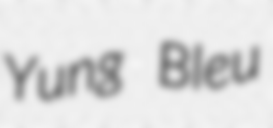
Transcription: Yung Bleu